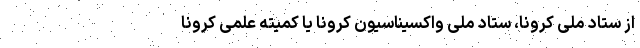
از ستاد ملی کرونا، ستاد ملی واکسیناسیون کرونا یا کمیته علمی کرونا